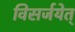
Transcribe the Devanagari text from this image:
विसर्जयेत्